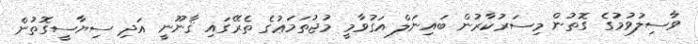
ވާސިލުވުމުގެ ގޮތުން މިސަރުކާރުން ބައިނަލް އަގުވާމީ މުޖުތަމަޢުގެ ތެރޭގައި ޤާނޫނީ އަދި ސިޔާސީގޮތުން